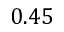
0 . 4 5